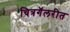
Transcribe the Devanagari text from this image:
चित्रगॅलरीत